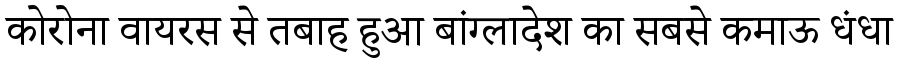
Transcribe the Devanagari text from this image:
कोरोना वायरस से तबाह हुआ बांग्लादेश का सबसे कमाऊ धंधा